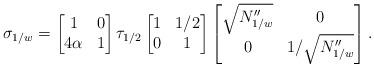
LaTeX: \begin{align*}\sigma_{1/w}=\begin{bmatrix} 1& 0 \\ 4\alpha & 1 \end{bmatrix} \tau_{1/2} \begin{bmatrix}1 & 1/2 \\ 0 & 1 \end{bmatrix} \begin{bmatrix}\sqrt{N^{\prime\prime}_{1/w}} & 0 \\ 0 & 1/\sqrt{N^{\prime\prime}_{1/w}} \end{bmatrix}.\end{align*}